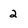
Character: 2